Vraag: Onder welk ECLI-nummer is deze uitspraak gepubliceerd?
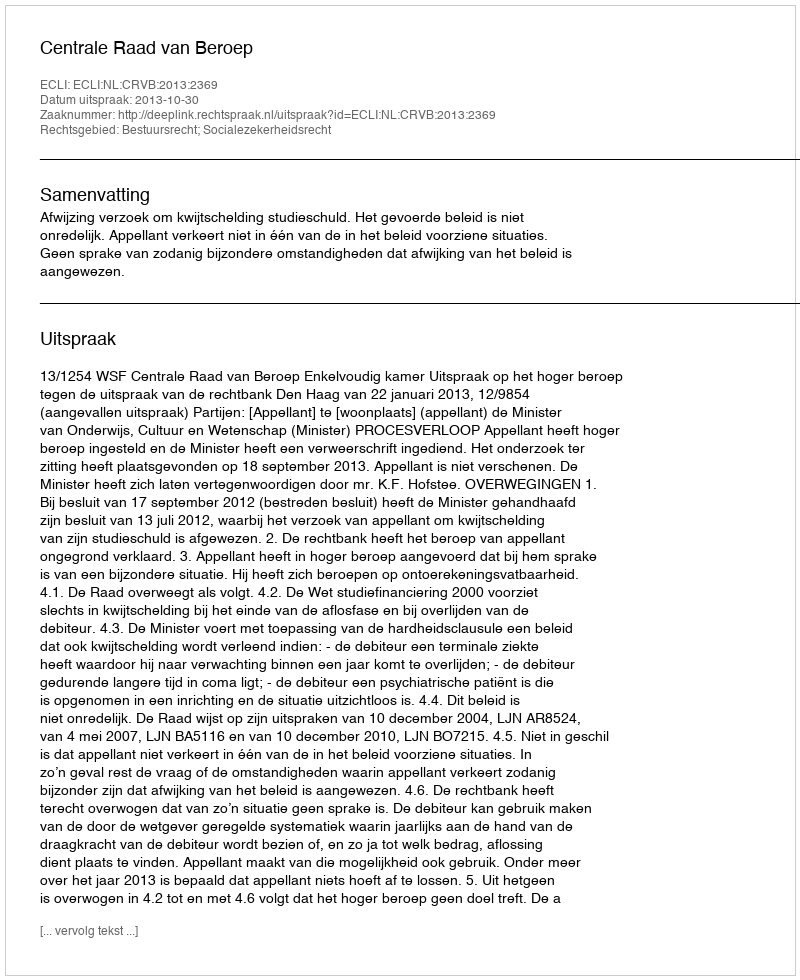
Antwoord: ECLI:NL:CRVB:2013:2369